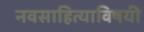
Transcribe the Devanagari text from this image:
नवसाहित्याविषयी